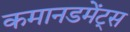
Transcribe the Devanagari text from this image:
कमानडमेंट्स